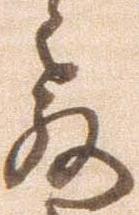
教